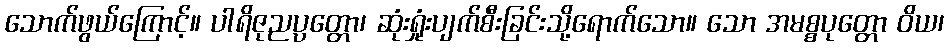
သောက်ဖွယ်ကြောင့်။ ပါရိဇုညပ္ပတ္တော၊ ဆုံးရှုံးပျက်စီးခြင်းသို့ရောက်သော။ သော အမစ္စပုတ္တော ဝိယ၊